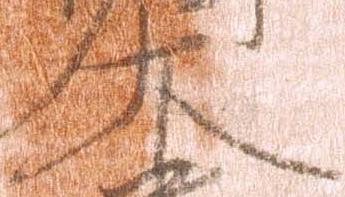
大